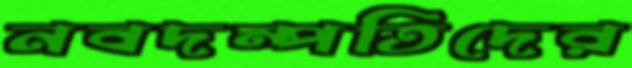
নবদম্পতিদের